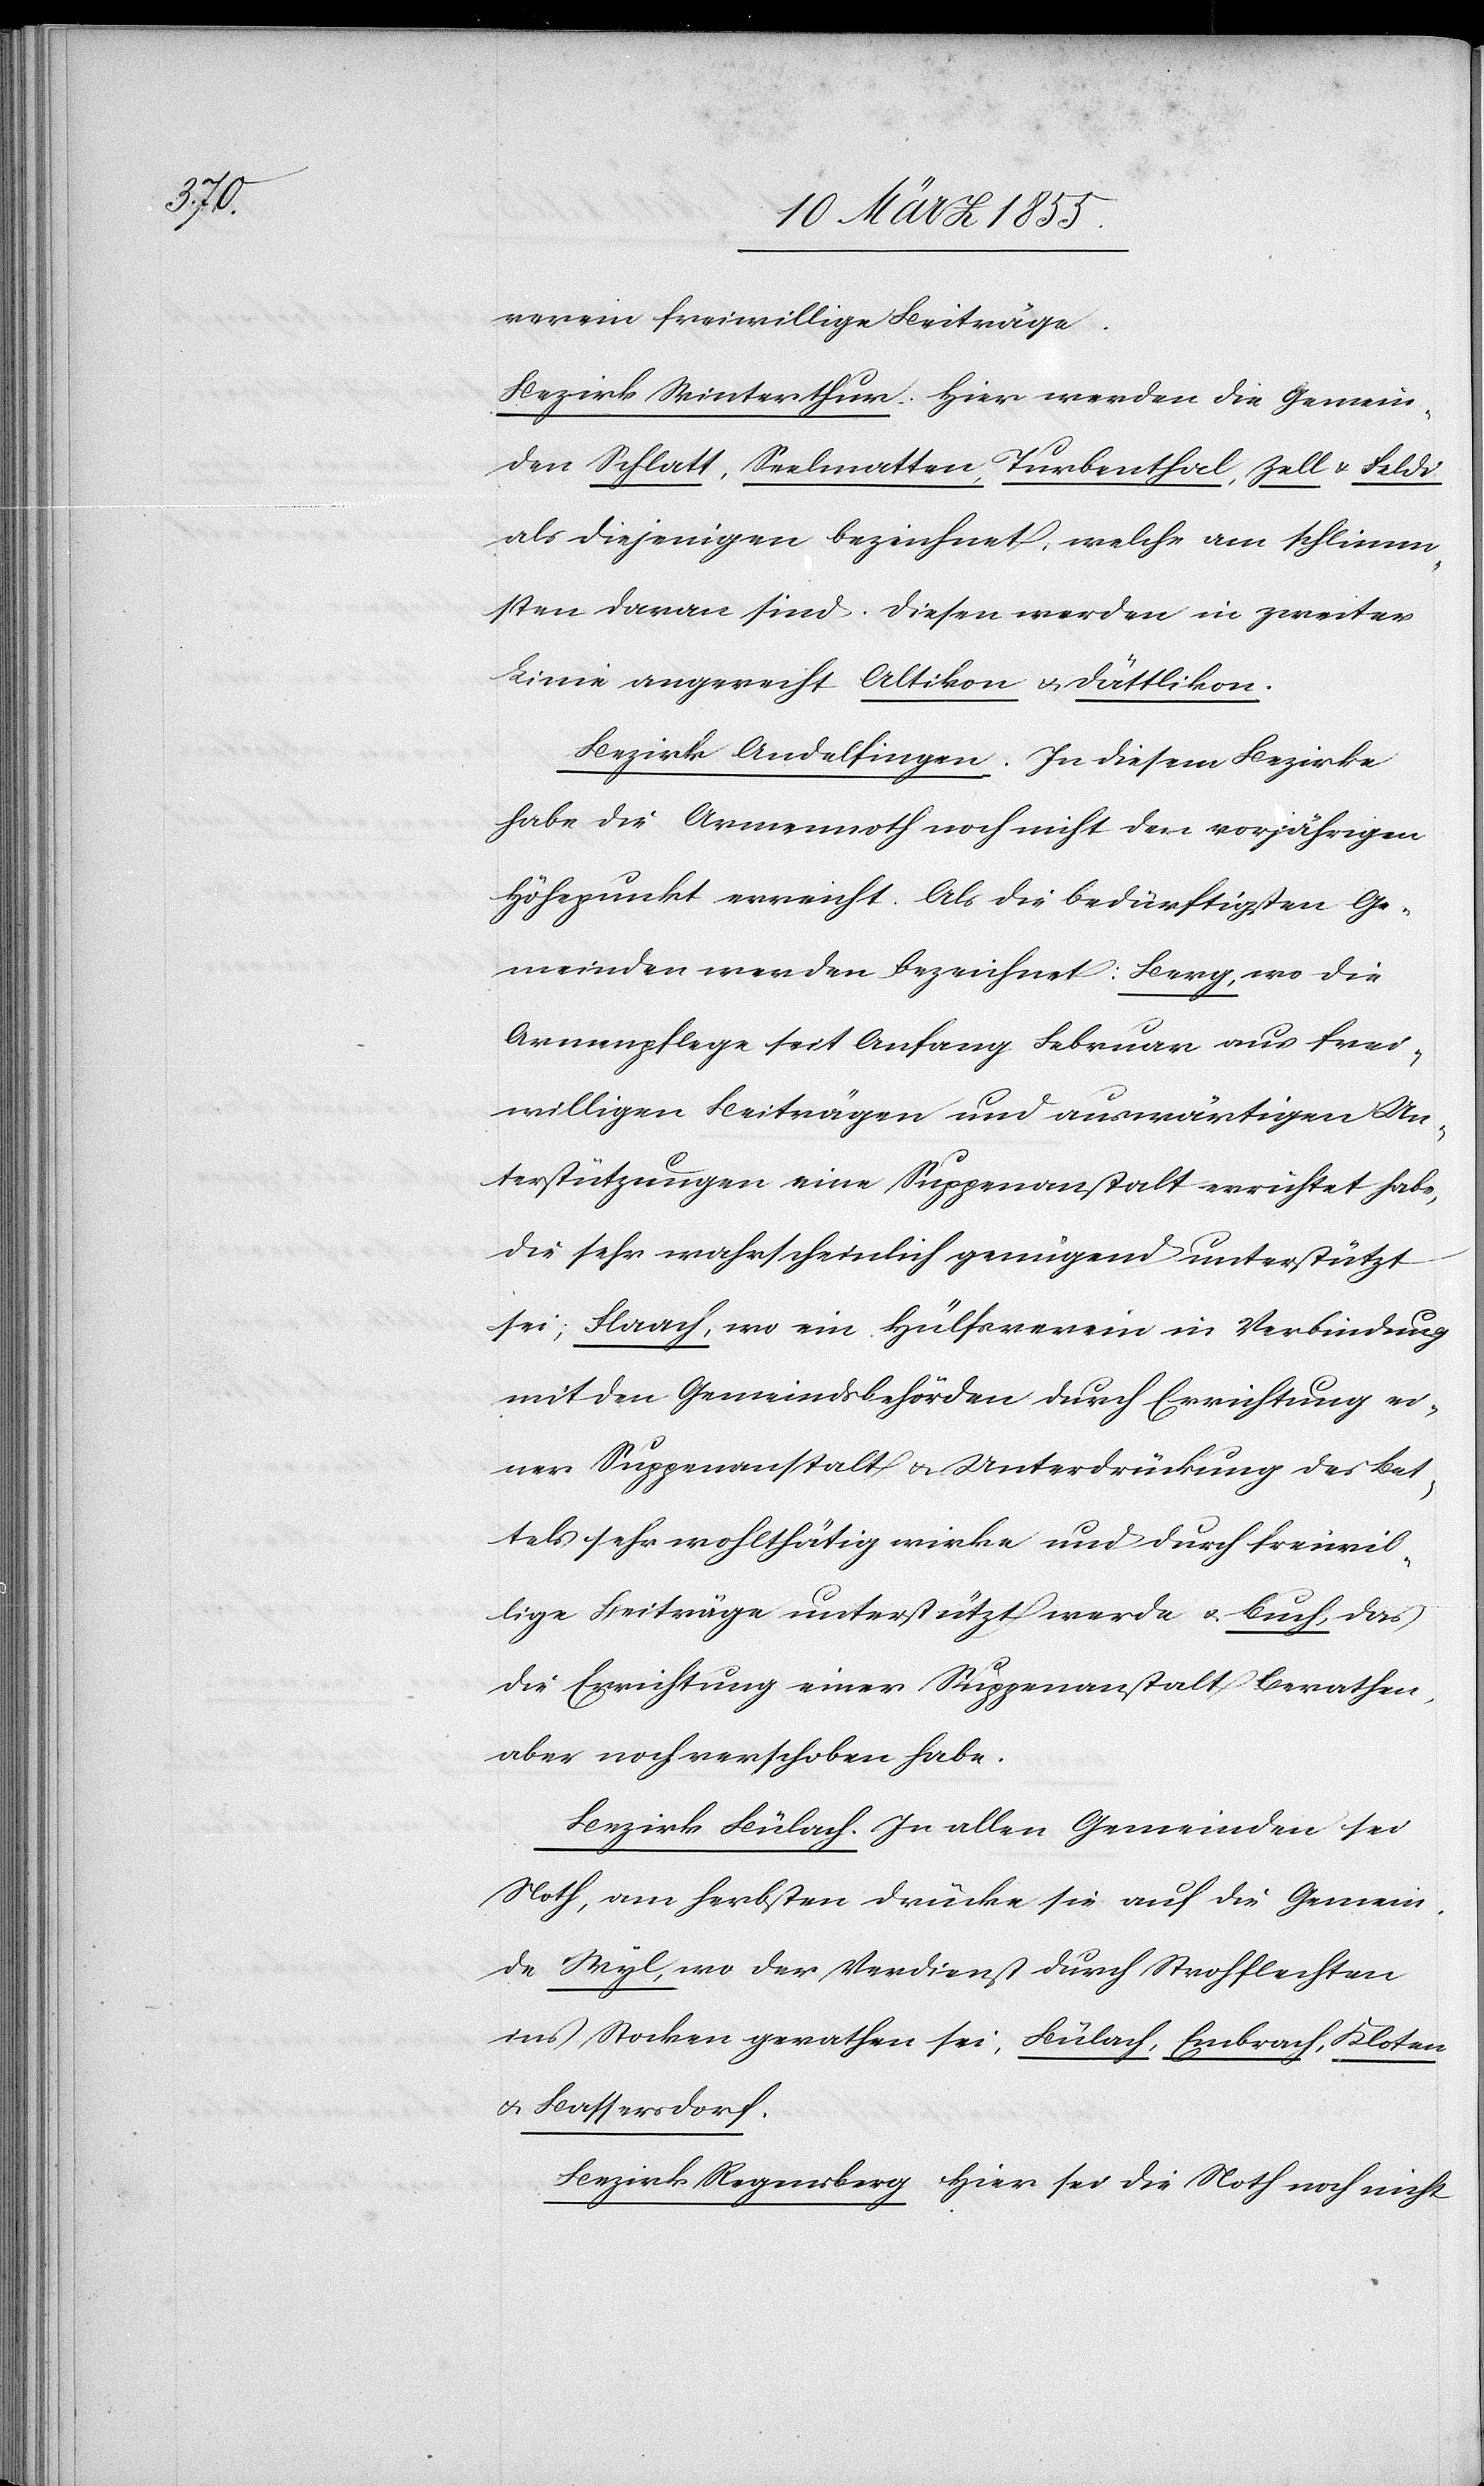
verein freiwillige Beiträge.
Bezirk Winterthur. Hier werden die Gemein¬
den Schlatt, Seelmatten, Turbenthal, Zell & Feldi
als diejenigen bezeichnet, welche am schlimm¬
sten daran sind. Diesen werden in zweiter
Linie angereiht Altikon & Dättlikon.
Bezirk Andelfingen. In diesem Bezirke
habe die Armennoth noch nicht den vorjährigen
Höhepunkt erreicht. Als die bedürftigsten Ge¬
meinden werden bezeichnet: Berg, wo die
Armenpflege seit Anfang Februar aus frei¬
willigen Beiträgen und auswärtigen Un¬
terstützungen eine Suppenanstalt errichtet habe,
die sehr wahrscheinlich genügend unterstützt
sei; Flaach, wo ein Hülfsverein in Verbindung
mit den Gemeindsbehörden durch Errichtung ei¬
ner Suppenanstalt & Unterdrückung des Bet¬
tels sehr wohlthätig wirke und durch freiwil¬
lige Beiträge unterstützt werde & Buch, das
die Errichtung einer Suppenanstalt berathen,
aber noch verschoben habe.
Bezirk Bülach. In allen Gemeinden sei
Noth, am herbsten drücke sie auf die Gemein¬
de Wyl, wo der Verdienst durch Strohflechten
ins Stocken gerathen sei, Bülach, Embrach, Kloten
& Bassersdorf.
Bezirk Regensberg Hier sei die Noth noch nicht